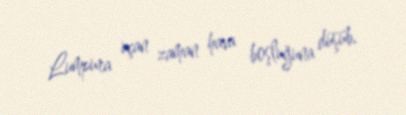
Lumpura uçan zaman hava boşluğuna düşüb.